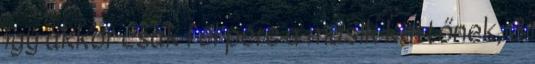
így akkor csak fél perc a másik kettőnek, 3